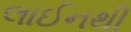
લાઈનથી